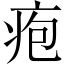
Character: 疱